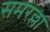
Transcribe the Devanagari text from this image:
समरल्ला